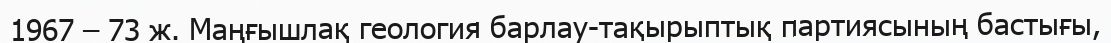
1967 – 73 ж. Маңғышлақ геология барлау-тақырыптық партиясының бастығы,